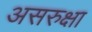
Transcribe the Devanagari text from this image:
असरुक्षा